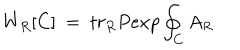
LaTeX: W _ { R } [ C ] ~ = ~ t r _ { R } P e x p \oint _ { C } A _ { R }